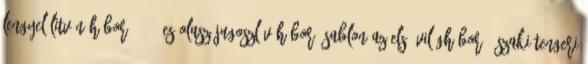
Lengyel–litván háború 1921-es olasz–jugoszláv háború Sablon:Az első világháború északi-tengeri